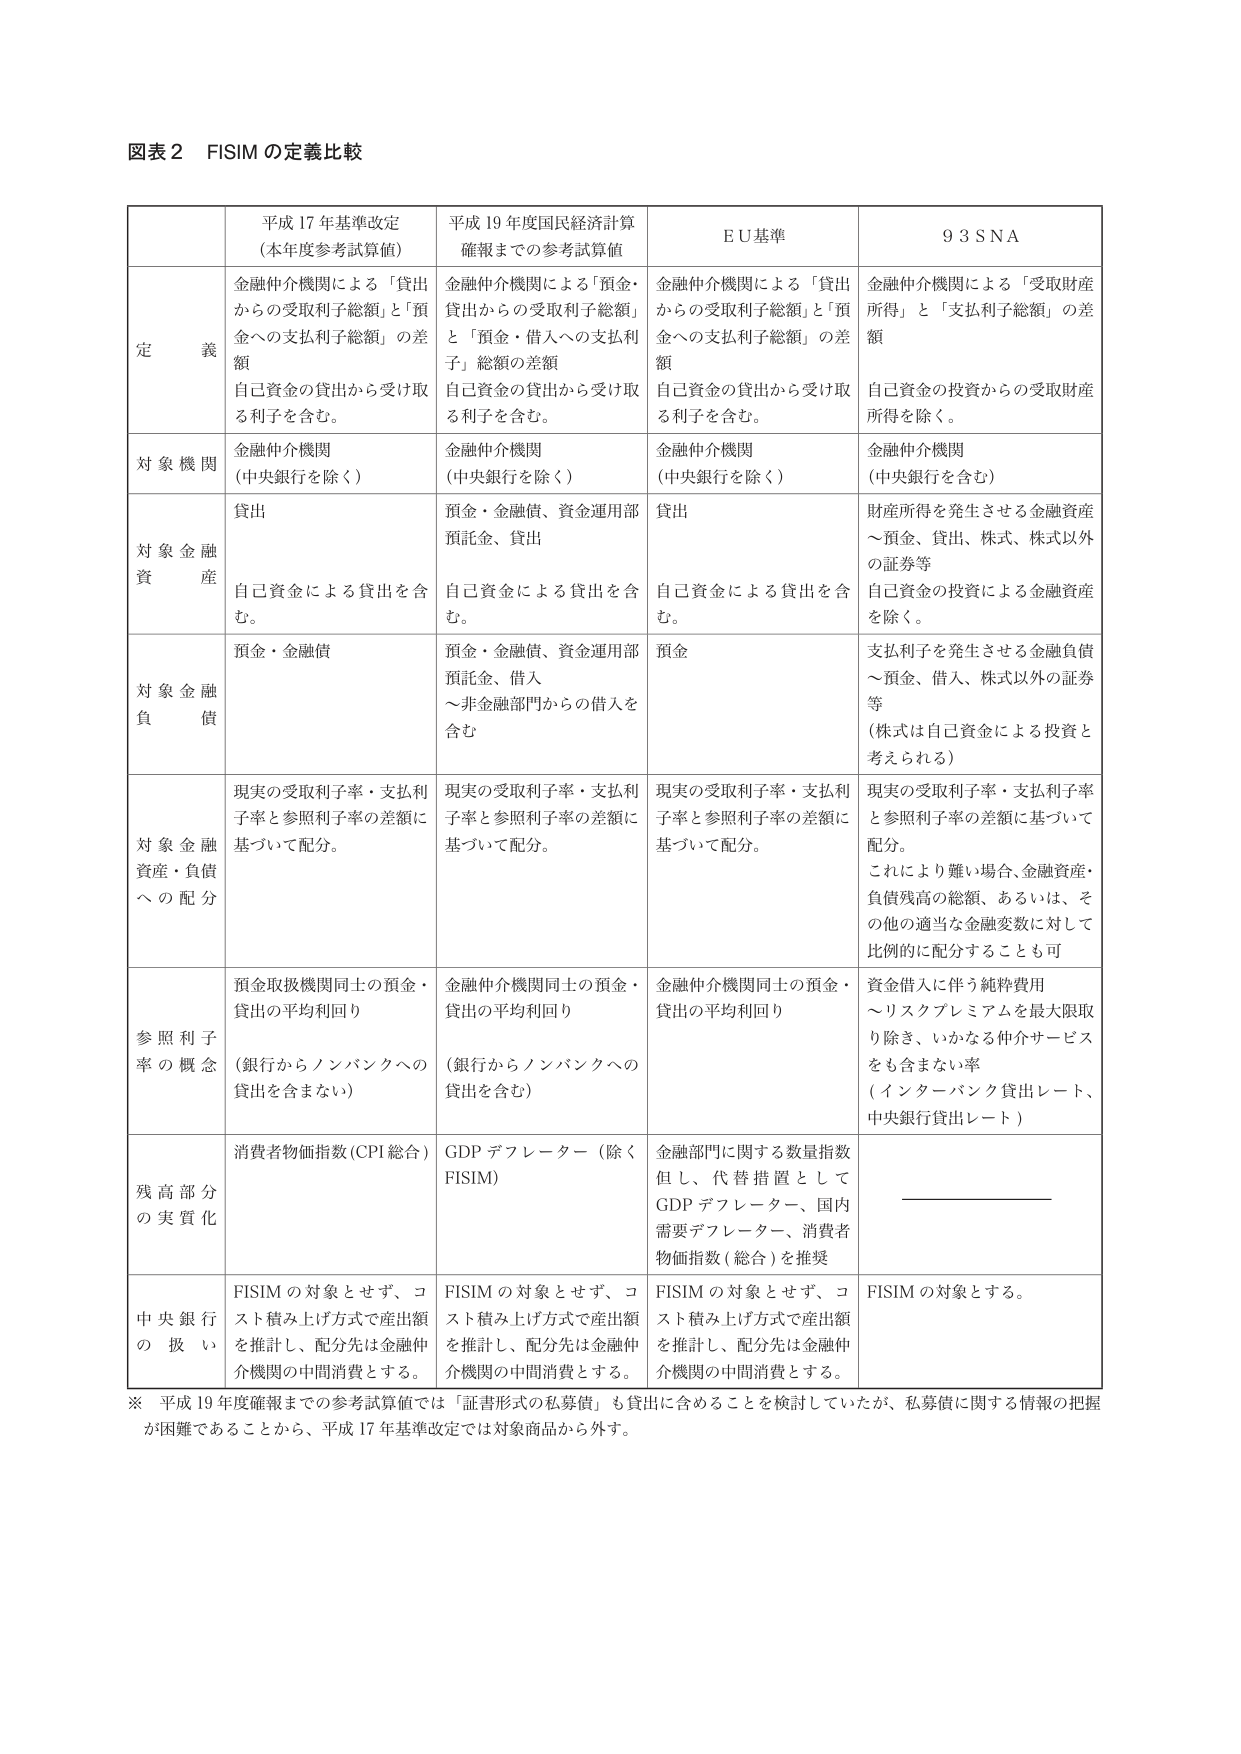
図表２ FISIM の定義比較

平成 17 年基準改定
（本年度参考試算値）

平成 19 年度国民経済計算
確報までの参考試算値

ＥＵ基準

９３ＳＮＡ

定義
金融仲介機関による「貸出からの受取利子総額」と「預金への支払利子総額」の差額
自己資金の貸出から受け取る利子を含む。

金融仲介機関による「預金・貸出からの受取利子総額」と「預金・借入への支払利子」総額の差額
自己資金の貸出から受け取る利子を含む。

金融仲介機関による「貸出からの受取利子総額」と「預金への支払利子総額」の差額
自己資金の貸出から受け取る利子を含む。

金融仲介機関による「受取財産所得」と「支払利子総額」の差額
自己資金の投資からの受取財産所得を除く。

対象機関
金融仲介機関
（中央銀行を除く）

金融仲介機関
（中央銀行を除く）

金融仲介機関
（中央銀行を除く）

金融仲介機関
（中央銀行を含む）

対象金融資産
貸出
自己資金による貸出を含む。

預金・金融債、資金運用部
預託金、貸出
自己資金による貸出を含む。

貸出
自己資金による貸出を含む。

財産所得を発生させる金融資産
～預金、貸出、株式、株式以外の証券等
自己資金の投資による金融資産を除く。

対象金融負債
預金・金融債

預金・金融債、資金運用部
預託金、借入
～非金融部門からの借入を含む

預金

支払利子を発生させる金融負債
～預金、借入、株式以外の証券等
（株式は自己資金による投資と考えられる）

対象金融資産・負債への配分
現実の受取利子率・支払利子率と参照利子率の差額に基づいて配分。

現実の受取利子率・支払利子率と参照利子率の差額に基づいて配分。

現実の受取利子率・支払利子率と参照利子率の差額に基づいて配分。

現実の受取利子率・支払利子率と参照利子率の差額に基づいて配分。
これにより難い場合、金融資産・負債残高の総額、あるいは、その他の適当な金融変数に対して比例的に配分することも可

参照利子率の概念
預金取扱機関同士の預金・貸出の平均利回り
（銀行からノンバンクへの貸出を含まない）

金融仲介機関同士の預金・貸出の平均利回り
（銀行からノンバンクへの貸出を含む）

金融仲介機関同士の預金・貸出の平均利回り

資金借入に伴う純粋費用
～リスクプレミアムを最大限取り除き、いかなる仲介サービスをも含まない率
（インターバンク貸出レート、中央銀行貸出レート）

残高部分の実質化
消費者物価指数（CPI 総合）

GDP デフレーター（除く FISIM）

金融部門に関する数量指数
但し、代替措置として GDP デフレーター、国内需要デフレーター、消費者物価指数（総合）を推奨

────────────

中央銀行の扱い
FISIM の対象とせず、コスト積み上げ方式で産出額を推計し、配分先は金融仲介機関の中間消費とする。

FISIM の対象とせず、コスト積み上げ方式で産出額を推計し、配分先は金融仲介機関の中間消費とする。

FISIM の対象とせず、コスト積み上げ方式で産出額を推計し、配分先は金融仲介機関の中間消費とする。

FISIM の対象とする。

※ 平成 19 年度確報までの参考試算値では「証書形式の私募債」も貸出に含めることを検討していたが、私募債に関する情報の把握が困難であることから、平成 17 年基準改定では対象商品から外す。